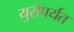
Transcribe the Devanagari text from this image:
युरोपर्यंत